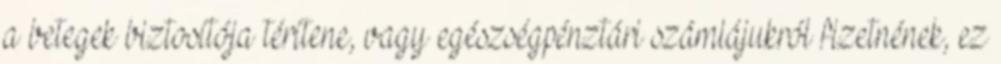
a betegek biztosítója térítene, vagy egészségpénztári számlájukról fizetnének, ez